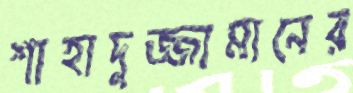
শাহাদুজ্জামানের